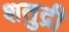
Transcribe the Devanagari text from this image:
शतुद्री